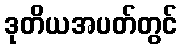
ဒုတိယအပတ်တွင်